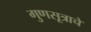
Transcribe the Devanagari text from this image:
गुणसूत्राचे